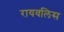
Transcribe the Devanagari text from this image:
रायवलिस